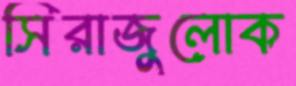
সিরাজুলোক